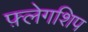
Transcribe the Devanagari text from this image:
फ़्लेगशिप